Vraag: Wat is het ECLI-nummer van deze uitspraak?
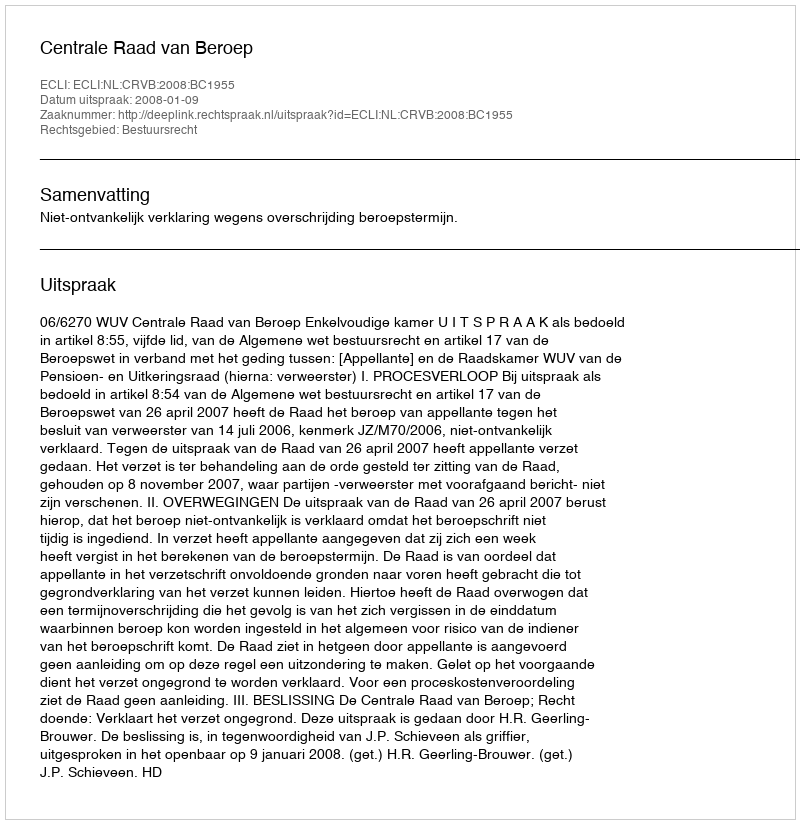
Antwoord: ECLI:NL:CRVB:2008:BC1955